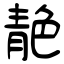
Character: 靘